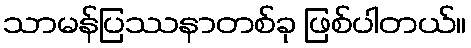
သာမန်ပြဿနာတစ်ခု ဖြစ်ပါတယ်။